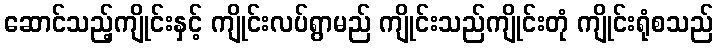
ဆောင်သည့်ကျိုင်းနှင့် ကျိုင်းလပ်ရွာမည် ကျိုင်းသည်ကျိုင်းတုံ ကျိုင်းရုံစသည်